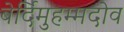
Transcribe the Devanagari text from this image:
बेर्दिमुहम्मदोव